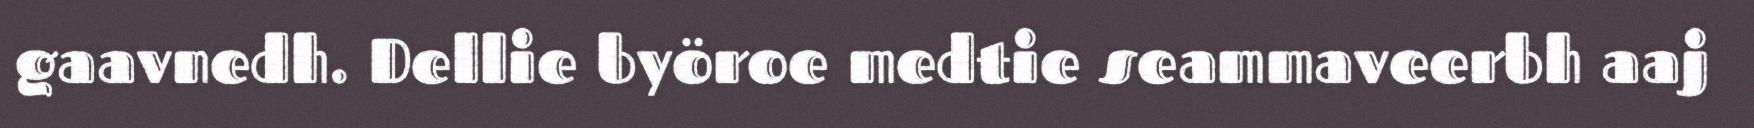
gaavnedh. Dellie byöroe medtie seammaveerbh aaj